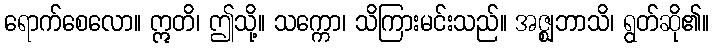
ရောက်စေလော။ ဣတိ၊ ဤသို့။ သက္ကော၊ သိကြားမင်းသည်။ အဇ္ဈဘာသိ၊ ရွတ်ဆို၏။